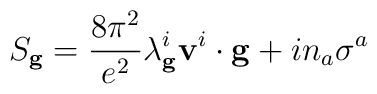
S_{\bf g}=\frac{8\pi^{2}}{e^{2}}\lambda^i_{\bf g}{\bf v}^i\cdot{\bf g}+in_{a}\sigma^{a}